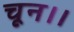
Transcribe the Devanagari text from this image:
चून।।